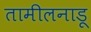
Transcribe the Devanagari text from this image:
तामीलनाडू